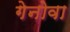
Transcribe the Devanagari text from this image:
गेनोवा